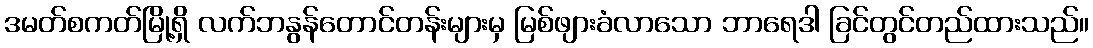
ဒမတ်စကတ်မြို့ရှိ လက်ဘနွန်တောင်တန်းများမှ မြစ်ဖျားခံလာသော ဘာရေဒါ ခြင်တွင်တည်ထားသည်။